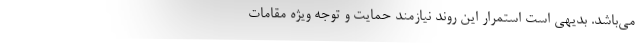
می‌باشد. بدیهی است استمرار این روند نیازمند حمایت و توجه ویژه مقامات